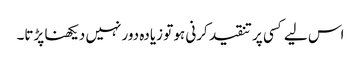
اس لیے کسی پر تنقید کرنی ہو تو زیادہ دور نہیں دیکھنا پڑتا۔